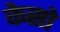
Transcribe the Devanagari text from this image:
केसो